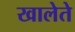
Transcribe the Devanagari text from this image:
खालेते